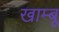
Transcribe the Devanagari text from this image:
खाम्बू